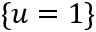
\{ u = 1 \}